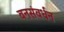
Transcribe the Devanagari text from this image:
वनसंवर्धन